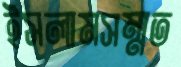
ইসলামসম্মত